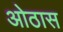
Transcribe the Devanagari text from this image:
ओठास